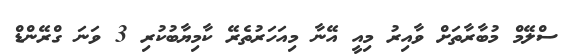
ސްލޭމް މުބާރާތަށް ވާއިރު މިއީ އޭނާ މިއަހަރުތެރޭ ކާމިޔާބުކުރި 3 ވަނަ ގްރޭންޑް